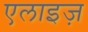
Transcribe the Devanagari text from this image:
एलाइज़